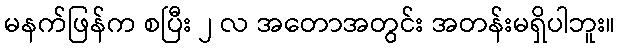
မနက်ဖြန်က စပြီး ၂ လ အတောအတွင်း အတန်းမရှိပါဘူး။